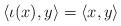
LaTeX: \begin{align*} \langle \iota (x), y\rangle =\langle x,y\rangle \end{align*}